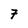
Character: 7